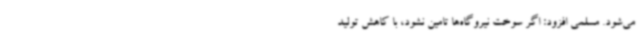
می‌شود. مسلمی افزود: اگر سوخت نیروگاه‌ها تامین نشود، با کاهش تولید